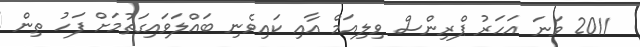
2011 ވަނަ އަހަރު ޕްރިންސް ވިލިއަމް އާއި ކައިވެނި ބައްލަވައިގަތުމަށް ފަހު ތިން